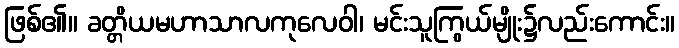
ဖြစ်၏။ ခတ္တိယမဟာသာလကုလေဝါ၊ မင်းသူကြွယ်မျိုး၌လည်းကောင်း။